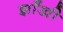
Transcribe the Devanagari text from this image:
झाँखी